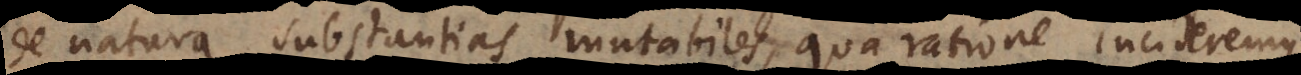
de natura substantias mutabiles, qua ratione incideremus